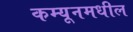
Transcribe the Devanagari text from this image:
कम्यूनमधील